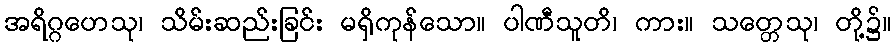
အရိဂ္ဂဟေသု၊ သိမ်းဆည်းခြင်း မရှိကုန်သော။ ပါဏီသူတိ၊ ကား။ သတ္တေသု၊ တို့၌။